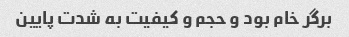
برگر خام بود و حجم و کیفیت به شدت پایین